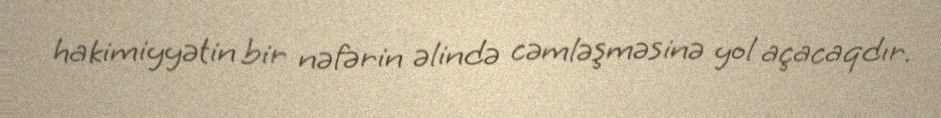
hakimiyyətin bir nəfərin əlində cəmləşməsinə yol açacaqdır.